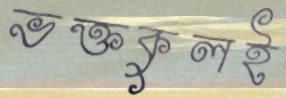
ভক্তকুলই